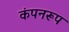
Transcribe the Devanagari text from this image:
कंपनरूप